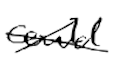
Text: could
Cross-out: cross
Writing tool: digital_black